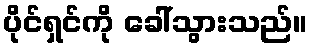
ပိုင်ရှင်ကို ခေါ်သွားသည်။